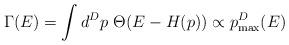
LaTeX: \begin{align*}\Gamma(E)=\int d^Dp\ \Theta(E-H(p))\propto p_{\rm max}^D(E)\end{align*}